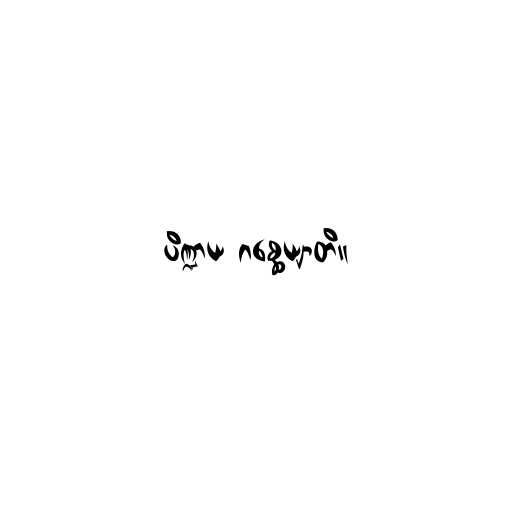
ပိဏ္ဍာယ ဂစ္ဆေယျာတိ။